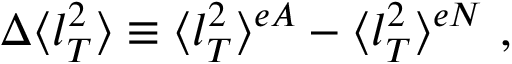
\Delta \langle l _ { T } ^ { 2 } \rangle \equiv \langle l _ { T } ^ { 2 } \rangle ^ { e A } - \langle l _ { T } ^ { 2 } \rangle ^ { e N } \ ,